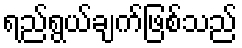
ရည်ရွယ်ချက်ဖြစ်သည်